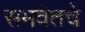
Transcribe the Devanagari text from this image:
समवेतचे